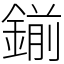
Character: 鎆